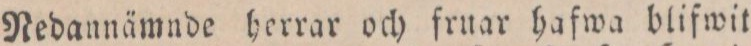
Redannämnde herrar och fruar hafwa blifwit